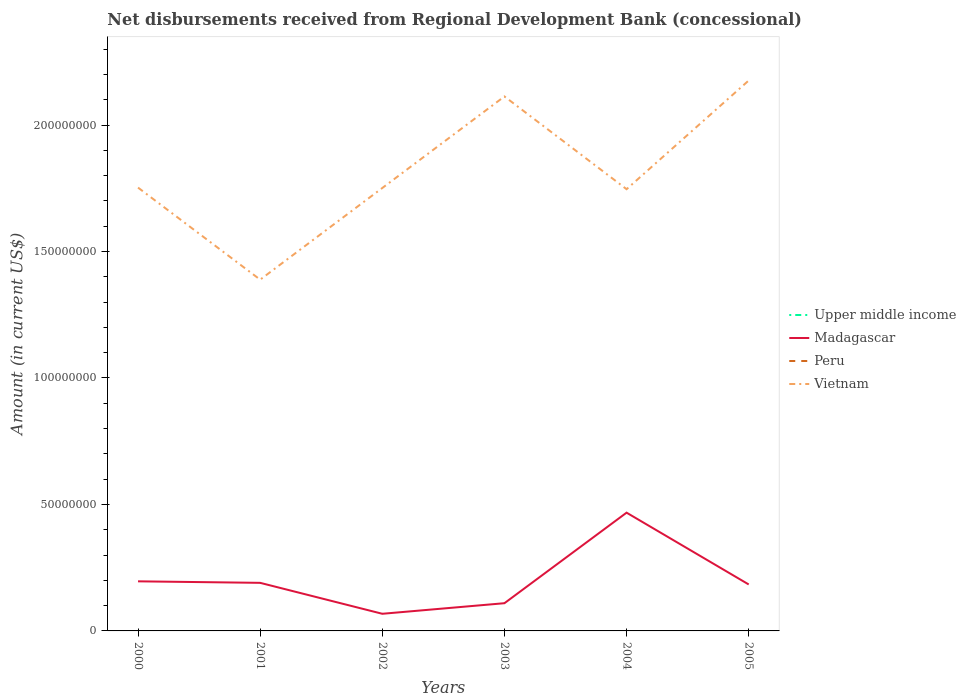
| Years | Upper middle income | Madagascar | Peru | Vietnam |
 | --- | --- | --- | --- | --- |
 | 2000 | -1.01e+08 | 1.96e+07 | -1.21e+07 | 1.75e+08 |
 | 2001 | -9.65e+07 | 1.9e+07 | -1.05e+07 | 1.39e+08 |
 | 2002 | -1.2e+08 | 6.78e+06 | -1.04e+07 | 1.75e+08 |
 | 2003 | -1.27e+08 | 1.1e+07 | -1.15e+07 | 2.11e+08 |
 | 2004 | -9.17e+07 | 4.68e+07 | -1.13e+07 | 1.75e+08 |
 | 2005 | -1.3e+08 | 1.84e+07 | -1.11e+07 | 2.18e+08 |